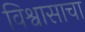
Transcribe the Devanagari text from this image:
विश्वासाचा